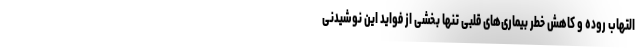
التهاب روده و کاهش خطر بیماری‌های قلبی تنها بخشی از فواید این نوشیدنی